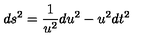
d s ^ { 2 } = \frac { 1 } { u ^ { 2 } } d u ^ { 2 } - u ^ { 2 } d t ^ { 2 }